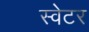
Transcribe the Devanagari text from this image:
स्‍वेटर